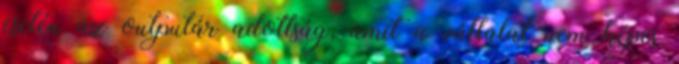
esetén az outputár adottság, amit a vállalat nem képes